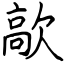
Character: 歊